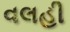
વલહી